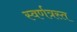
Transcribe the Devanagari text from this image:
स्वर्णत्रस्त